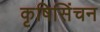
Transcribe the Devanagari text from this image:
कृषिसिंचन